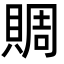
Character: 賙